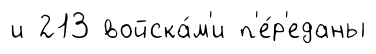
и 213 войска́м'и п'е́р'еданы